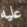
عليه